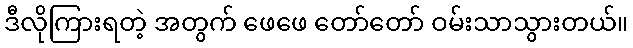
ဒီလိုကြားရတဲ့ အတွက် ဖေဖေ တော်တော် ဝမ်းသာသွားတယ်။